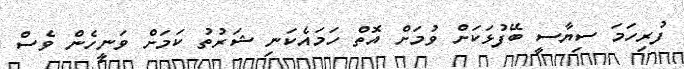
ފުރިހަމަ ސިޔާސީ ބޭފުޅަކަށް ވުމަށް އޮތް ހަމައެކަނި ޝަރުތު ކަމަށް ވަނީހެން ވެސް